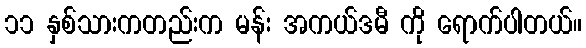
၁၁ နှစ်သားကတည်းက မန်း အကယ်ဒမီ ကို ရောက်ပါတယ်။